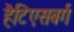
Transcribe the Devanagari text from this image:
हैटिएसबर्ग